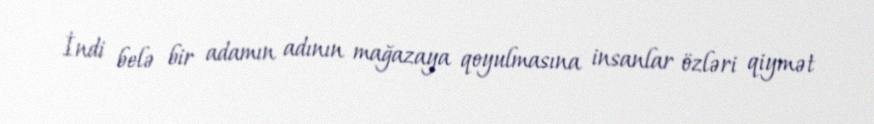
İndi belə bir adamın adının mağazaya qoyulmasına insanlar özləri qiymət